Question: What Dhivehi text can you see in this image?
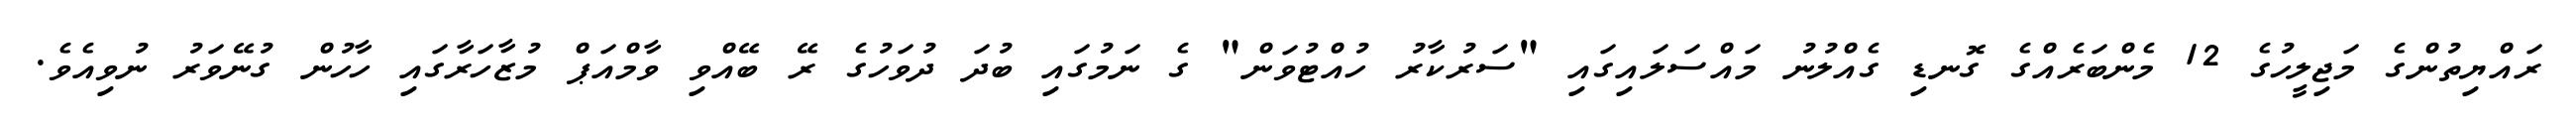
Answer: ރައްޔިތުންގެ މަޖިލީހުގެ 12 މެންބަރެއްގެ ގޮނޑި ގެއްލުނު މައްސަލައިގައި "ސަރުކާރު ހުއްޓުވަން" ގެ ނަމުގައި ބުދަ ދުވަހުގެ ރޭ ބޭއްވި ވާމްއަޕް މުޒާހަރާގައި ހާހުން ގުނޭވަރު ނުވިއެވެ.